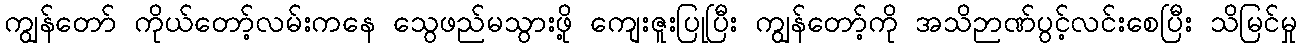
ကျွန်တော် ကိုယ်တော့်လမ်းကနေ သွေဖည်မသွားဖို့ ကျေးဇူးပြုပြီး ကျွန်တော့်ကို အသိဉာဏ်ပွင့်လင်းစေပြီး သိမြင်မှု